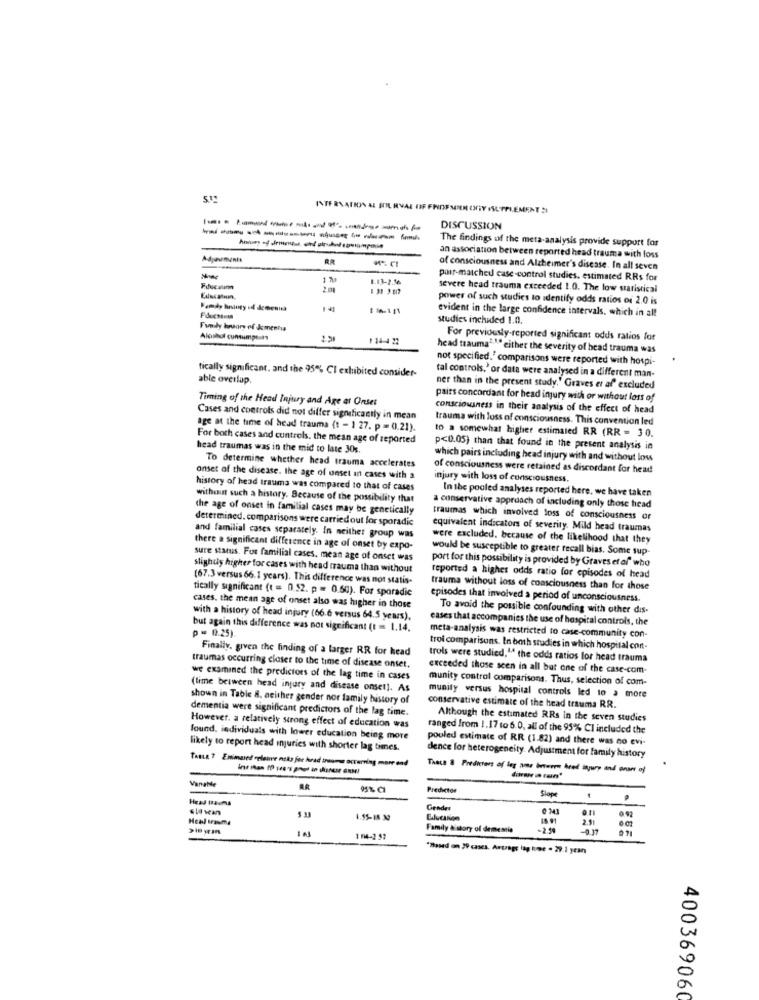
INTERNATION AL BOL RVAL OF FRIDEMEREM OFY ISUPPLEMENT I
-------------
DISCUSSION
The findings of the meta-analysis provide support for
Adjaumenis
RR
an association between reported head trauma with loss
of consciousness and Alzheimer's disease. In all seven
17
1.13-2.56
pour-matched case-control studies. estimated RRs for
2.11
severe head trauma exceeded 1.0. The low statistical
power of such studies to identify odds ratios or 2.0 is
Pamdy hningy off demenusa
evident in the large confidence intervals, which in all
studies inchided 1.0.
Fundy bruary of dementia
Alosnul cuntumpe as
2.51
114-422
For previously-reported significant odds ratios for
head trauma"""" either the severity of head trauma was
not specified." comparisons were reported with hospi-
tically significant, and the 95% CI exhibited consider-
tal controls,' or data were analysed in a different man-
able overlup
ner than in the present study.' Graves er af" excluded
Timing of the Head Injury and Age at Onset
pairs concordant for head injury with or without loss of
consciousness in their analysis of the effect of head
Cases and controls did not differ significantly in mean
trauma with loss of consciousness. This convention led
age at the time of head trauma (t - 1 27. p = 0.21).
to a somewhat higher estimated RR (RR = 30.
For both cases and controls. the mean age of reported
head traumas was in the mid to late 30s.
p<0.05) than that found in the present analysis in
which pairs including head injury with and without los
To determine whether head trauma accelerates
of consciousness were retained as discordant for head
onset of the disease. the age of unset in cases with a
injury with loss of consciousness.
history of head trauma was compared to that of cases
In the pooled analyses reported here, we have taken
without such a history. Because of the possibility that
the age of onset in familial cases may be genetically
a conservative approach of including only those head
determined. comparisons were carriedout for sporadic
traumas which involved loss of consciousness or
equivalent indicators of severity. Mild head traumas
and familial cases separately. In neither group was
were excluded, because of the likelihood that they
there a significant difference in age of onset by expo-
would be susceptible to greater recall bias. Some sup-
sure status. For familial cases, mean age of onset was
port for this possibility is provided by Graves et of" who
slightly higher for cases with head trauma than without
(67.3 versus 66.1 years). This difference was not statis-
reported a higher odds ratio for episodes of head
tically significant (t = 0.52. p = 0.50). For sporadic
trauma without loss of consciousness than for those
episodes that involved a period of unconsciousness.
cases, the mean age of onset also was higher in those
To avoid the possible confounding with other dis-
with a history of head injury (66.6 versus 64.5 years).
cases that accompanies the use of hospital controls, the
but again this difference was not significant (t = 1.14.
p = 12.25)
meta-analysis was restricted to case-community con-
Finally, given the finding of a larger RR for head
troi comparisons. In both studies in which hospital con-
trols were studied," the odds ratios for head trauma
traumas occurring closer to the time of disease onset.
exceeded those scen in all but one of the case-com-
we examined the predictors of the lag time in cases
munity control comparisons. Thus, selection of com-
(time between head injury and disease onset]. As
shown in Table 8. neither gender nor family history of
munity versus hospital controls led to a more
dementia were significant predictors of the lag time.
conservative estimate of the head trauma RR.
Although the estimated RRs in the seven studies
However, a relatively strong effect of education was
ranged from 1.17 to 6.0, all of the 95% CI included the
found. individuals with lower education being more
pouled estimate of RR (1.82) and there was no evi-
likely to report head injuries with shorter lag times.
dence for heterogeneity. Adjustment for family history
Tante 7 Emmund oglouve noky for hrad traumen octerving morr and
Theca & Predicters of leg as between heed injury and onset of
Vanatde
Predictor
Slop
Head Dauma
Gender
0 141
Heal Brauma
1.55-18.30
Education
2.1
eet
Family & story of dementie
-2.59
1 04-2 57
"Based on 29 cases. Artrage lag homme - 29.1 ycan
400369060